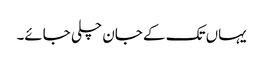
یہاں تک کے جان چلی جائے۔